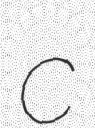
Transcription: c